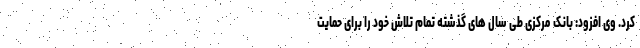
کرد. وی افزود: بانک مرکزی طی سال های گذشته تمام تلاش خود را برای حمایت